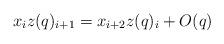
LaTeX: \begin{align*}x_iz(q)_{i+1}=x_{i+2}z(q)_i+O(q) \end{align*}